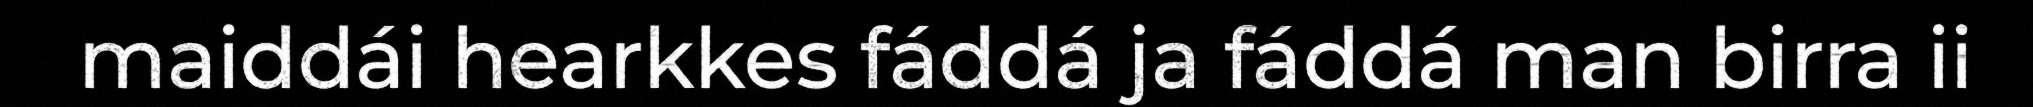
maiddái hearkkes fáddá ja fáddá man birra ii